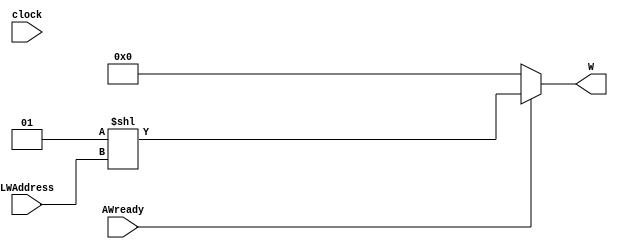
module decodificador(
    input AWready,
	 input clock,
    input [2:0] LWAddress,
    output [7:0] W
    );
	 
	      
   assign W = AWready? (1 << LWAddress) : 0;
   /*always @(posedge clock)
      if (!AWready)
         W <= 8'h00;
      else
         case (LWAddress)
            3'b000  : W <= 8'b00000001;
            3'b001  : W <= 8'b00000010;
            3'b010  : W <= 8'b00000100;
            3'b011  : W <= 8'b00001000;
            3'b100  : W <= 8'b00010000;
            3'b101  : W <= 8'b00100000;
            3'b110  : W <= 8'b01000000;
            default  : W <= 8'b10000000;
            
         endcase*/
				


endmodule